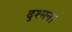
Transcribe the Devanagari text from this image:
दुश्मन।